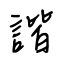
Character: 諧